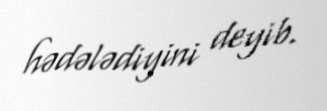
hədələdiyini deyib.